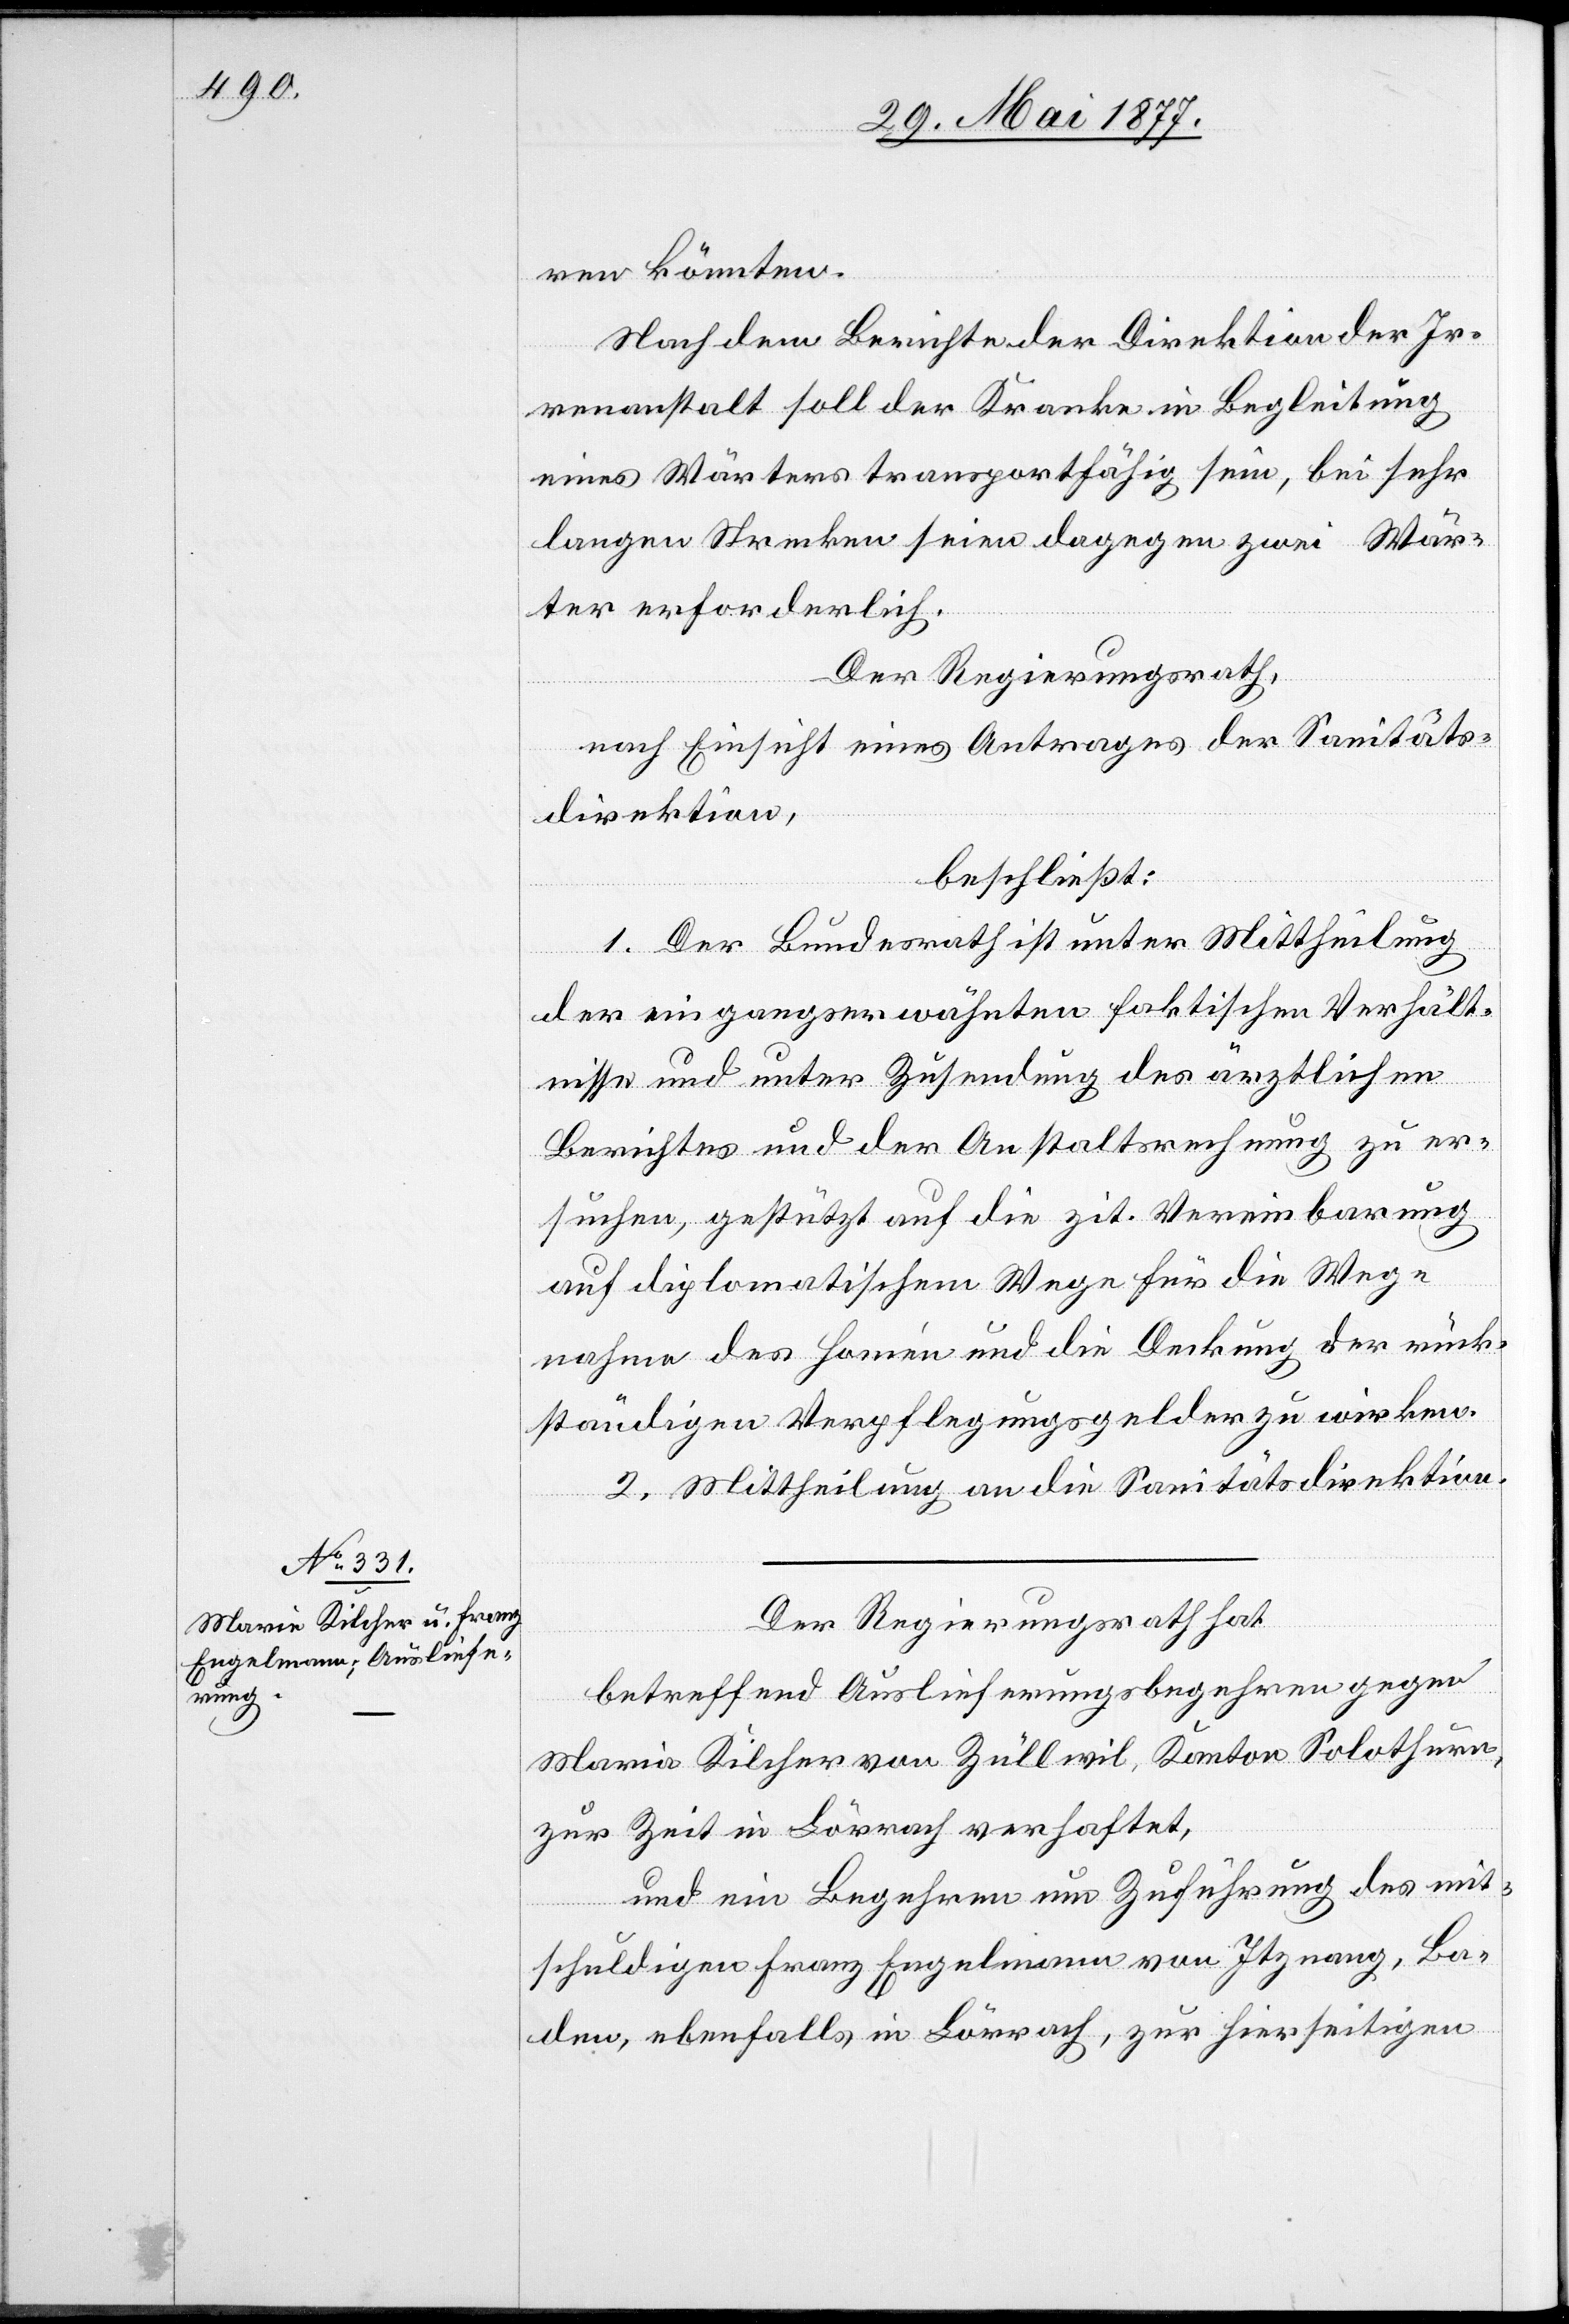
29. Mai 1877.]
ren könnten.
Nach dem Berichte der Direktion der Ir¬
renanstalt soll der Kranke in Begleitung
eines Wärters transportfähig sei, bei sehr
langen Strecken seien dagegen zwei Wär¬
ter erforderlich.
Der Regierungsrath,
nach Einsicht eines Antrages der Sanitäts¬
direktion,
beschließt:
1. Der Bundesrath ist unter Mittheilung
der eingangserwähnten faktischen Verhält¬
nisse und unter Zusendung des ärztlichen
Berichtes und der Anstaltsrechnung zu er¬
suchen, gestützt auf die zit. Vereinbarung
auf diplomatischem Wege für die Weg¬
nahme des Homén und die Deckung der rück¬
ständigen Verpflegungsgelder zu wirken.
2. Mittheilung an die Sanitätsdirektion.
Der Regierungsrath hat
betreffend Auslieferungsbegehren gegen
Maria Kilcher von Züllwil, Kanton Solothurn,
zur Zeit in Lörrach verhaftet,
und ein Begehren um Zuführung des mit¬
schuldigen Franz Engelmann von Itznang, Ba¬
den, ebenfalls in Lörrach, zur hierseitigen